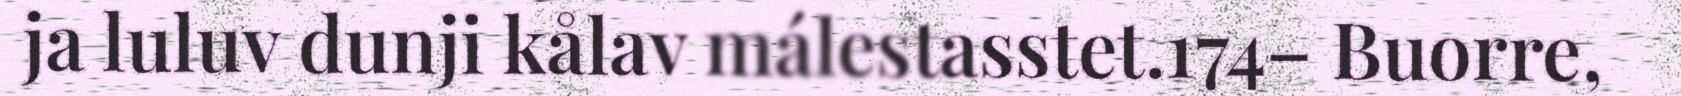
ja luluv dunji kålav málestasstet.174– Buorre,